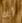
أنك